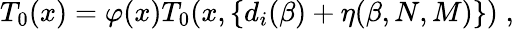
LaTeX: T_{0}(x)=\varphi(x)T_{0}(x,\{ d_{i}(\beta)+\eta(\beta,N,M)\} )\; ,